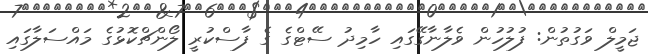
ޖަމީލް ވަގުތުން: ފުލުހުން ވެލާނާގޭގައި ހާމިދު ސޭޓްގެ ގެ ފާސްކުރީ ލޯންޗްކޮޅުގެ މައްސަލާގައި